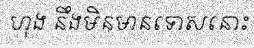
ហុង នឹងមិនមានទោសនោះ